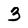
Character: 3